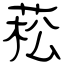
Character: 菘